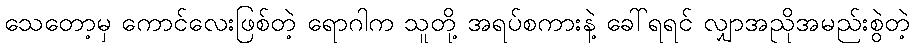
သေတော့မှ ကောင်လေးဖြစ်တဲ့ ရောဂါက သူတို့ အရပ်စကားနဲ့ ခေါ်ရရင် လျှာအညိုအမည်းစွဲတဲ့